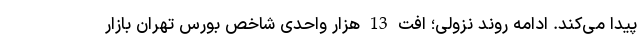
پیدا می‌کند. ادامه روند نزولی؛ افت 13 هزار واحدی شاخص بورس تهران بازار